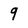
Character: 9